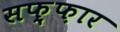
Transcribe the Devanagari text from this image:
सफ़्फ़ार